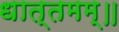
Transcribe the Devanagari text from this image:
धात्तमम्‌॥